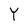
Character: Y